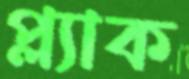
প্ল্যাক